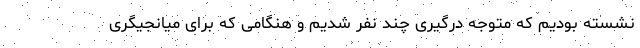
نشسته بودیم که متوجه درگیری چند نفر شدیم و هنگامی که برای میانجیگری